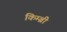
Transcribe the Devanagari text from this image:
किम्ब्री